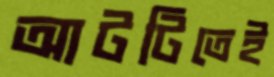
আটটিতেই